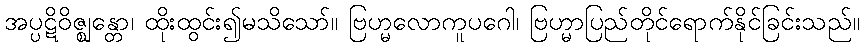
အပ္ပဋိဝိဇ္ဈန္တော၊ ထိုးထွင်း၍မသိသော်။ ဗြဟ္မလောကူပဂေါ၊ ဗြဟ္မာပြည်တိုင်ရောက်နိုင်ခြင်းသည်။